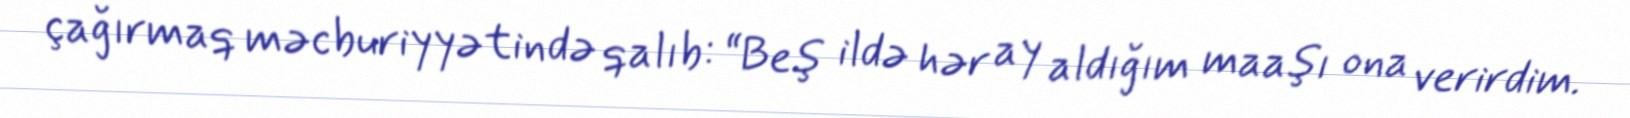
çağırmaq məcburiyyətində qalıb: “Beş ildə hər ay aldığım maaşı ona verirdim.